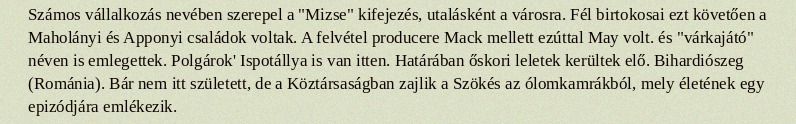
Számos vállalkozás nevében szerepel a "Mizse" kifejezés, utalásként a városra. Fél birtokosai ezt követően a Maholányi és Apponyi családok voltak. A felvétel producere Mack mellett ezúttal May volt. és "várkajátó" néven is emlegettek. Polgárok' Ispotállya is van itten. Határában őskori leletek kerültek elő. Bihardiószeg (Románia). Bár nem itt született, de a Köztársaságban zajlik a Szökés az ólomkamrákból, mely életének egy epizódjára emlékezik.